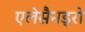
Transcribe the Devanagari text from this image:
एलेसैनड्रो